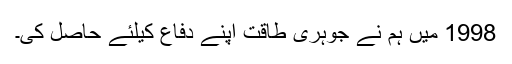
1998 میں ہم نے جوہری طاقت اپنے دفاع کیلئے حاصل کی۔